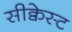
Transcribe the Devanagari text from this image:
सीक्वेस्ट